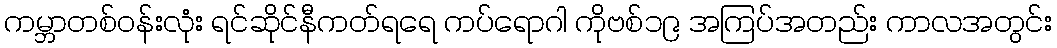
ကမ္ဘာတစ်ဝန်းလုံး ရင်ဆိုင်နီကတ်ရရေ ကပ်ရောဂါ ကိုဗစ်၁၉ အကြပ်အတည်း ကာလအတွင်း